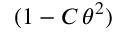
( 1 - C \, \theta ^ { 2 } )